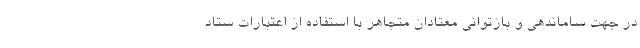
در جهت ساماندهی و بازتوانی معتادان متجاهر با استفاده از اعتبارات ستاد